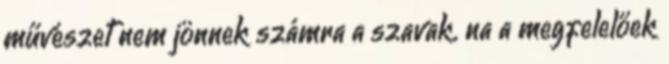
művészet nem jönnek számra a szavak. na a megfelelőek